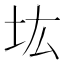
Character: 𡉞